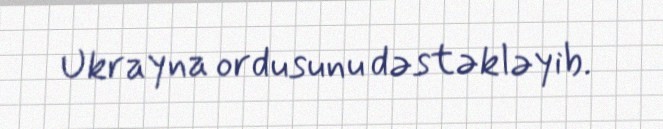
Ukrayna ordusunu dəstəkləyib.